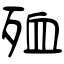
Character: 殈